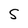
Character: 5